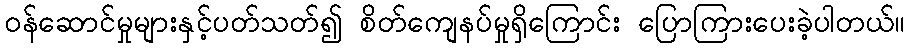
ဝန်ဆောင်မှုများနှင့်ပတ်သတ်၍ စိတ်ကျေနပ်မှုရှိကြောင်း ပြောကြားပေးခဲ့ပါတယ်။